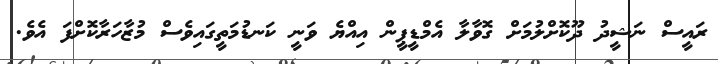
ރައީސް ނަޝީދު ދޫކޮށްލުމަށް ގޮވާލާ އެމްޑީޕީން އިއްޔެ ވަނީ ކަނޑުމަތީގައިވެސް މުޒާހަރާކޮށްފަ އެވެ.